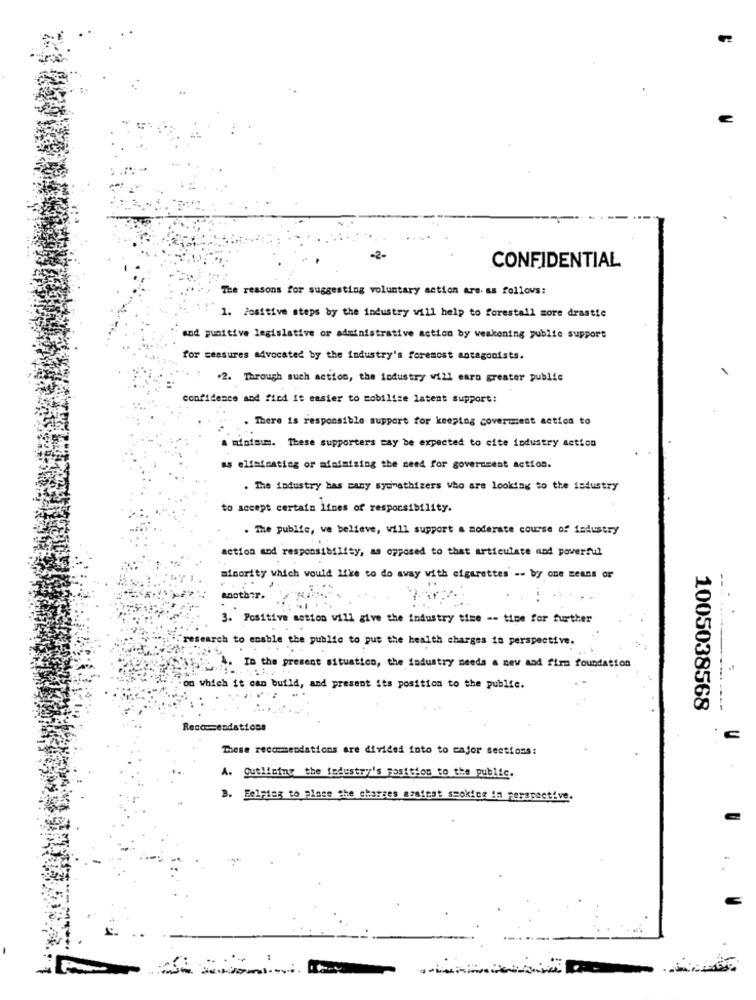
-2-
CONFIDENTIAL
The reasons for suggesting voluntary action are. as follows:
1. Positive steps by the industry will help to forestall more drastic
and punitive legislative or administrative action by weakening publie support
for measures advocated by the industry's foremost antagonists.
.2. Through such action, the industry will cara greater publie
confidence and find it easier to mobilize latent support:
There is responsible support for keeping covermest action to
a minimum. These supporters may be expected to cite industry action
as elfainating or minimizing the need for government action.
. The industry has many sympathizers who are looking to the industry
to accept certain lines of responsibility.
. The public, we believe, will support a moderate course of industry
action and responsibility, as opposed to that articulate nad powerful
minority which would like to do away with cigarettes' -- by one means of
--
another. ..
3. Positive action will give the industry time -- time for further
"research to enable the public to put the health charges to perspective.
. In the present situation, the industry needs a new and firm foundation
on which it can build, and present its position to the public.
1005038568
Reccosendations
These recommendations are divided into to cajor sections:
A. Outlistny the fedustry's position to the public.
B. Helping to place the charges azsirat ssokios in perspective.